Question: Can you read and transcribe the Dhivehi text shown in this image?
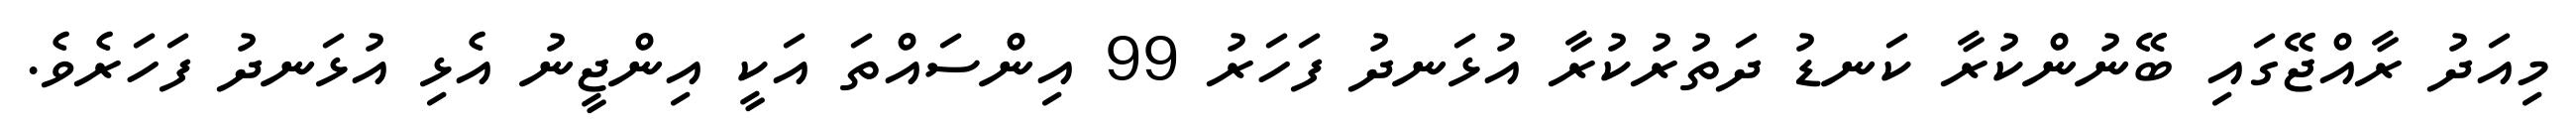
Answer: މިއަދު ރާއްޖޭގައި ބޭނުންކުރާ ކަނޑު ދަތުރުކުރާ އުޅަނދު ފަހަރު 99 އިންސައްތަ އަކީ އިންޖީނު އެޅި އުޅަނދު ފަހަރެވެ.